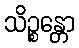
သိဉ္စန္တော